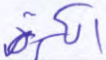
الكرة